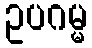
ဥပဂမ္မ